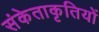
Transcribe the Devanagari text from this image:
संकेताकृतियों